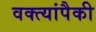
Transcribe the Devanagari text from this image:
वक्त्यांपैकी